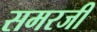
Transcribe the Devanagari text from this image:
समरजी